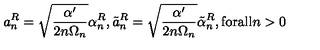
a _ { n } ^ { R } = \sqrt { \frac { \alpha ^ { \prime } } { 2 n \Omega _ { n } } } \alpha _ { n } ^ { R } , \tilde { a } _ { n } ^ { R } = \sqrt { \frac { \alpha ^ { \prime } } { 2 n \Omega _ { n } } } \tilde { \alpha } _ { n } ^ { R } , \mathrm { f o r a l l } n > 0